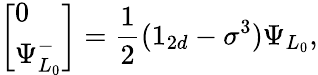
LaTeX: \left[\begin{array}{l}{{0}}\\ {{\Psi_{L_{0}}^{-}}}\end{array}\right]={\frac{1}{2}}(1_{2d}-\sigma^{3})\Psi_{L_{0}},